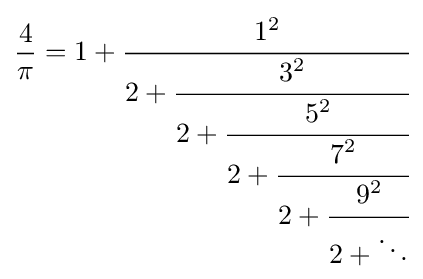
{\frac {4}{\pi }}=1+{\cfrac {1^{2}}{2+{\cfrac {3^{2}}{2+{\cfrac {5^{2}}{2+{\cfrac {7^{2}}{2+{\cfrac {9^{2}}{2+\ddots }}}}}}}}}}